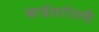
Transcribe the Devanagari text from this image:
व्हाईसरॉयची